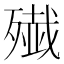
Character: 𫞔